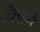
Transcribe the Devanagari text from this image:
किस्ने